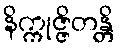
နိက္ကုဇ္ဇိတန္တိ